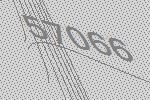
57066